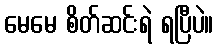
မေမေ စိတ်ဆင်းရဲ ရပြီပဲ။